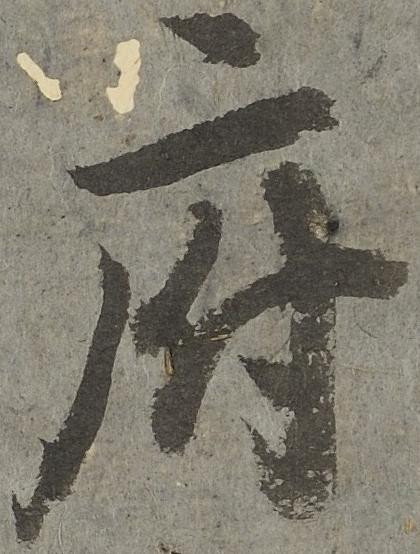
府